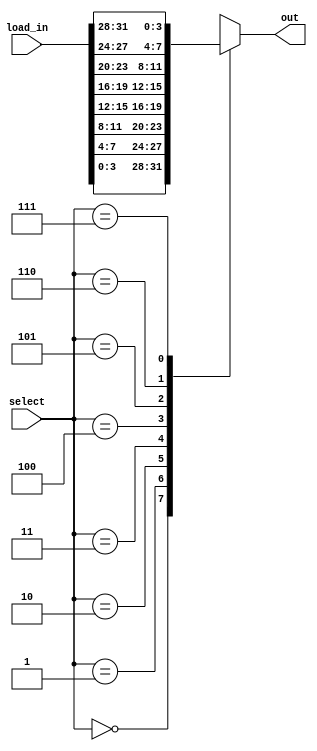
module mux_8x1_4bit(
    input [31:0] load_in,       // Inputs
    input [2:0] select,
    output [3:0] out            // Output
    );
    reg [3:0] out0;             // Temp register to transfer values
    always @ (select, load_in)
        begin 
            case (select)                           // Assign output dependent on select bits
                3'b000: out0 = load_in[3:0];        // Choose first 4 bits
                3'b001: out0 = load_in[7:4];        // Choose 2nd set of 4 bits
                3'b010: out0 = load_in[11:8];       // 3rd Set
                3'b011: out0 = load_in[15:12];      // 4th Set
                3'b100: out0 = load_in[19:16];      // ...
                3'b101: out0 = load_in[23:20];
                3'b110: out0 = load_in[27:24];
                3'b111: out0 = load_in[31:28];
                default: out0 = 4'bZZZZ;            // Default Case
            endcase
        end
    assign out = out0;    
endmodule